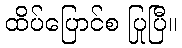
ထိပ်ပြောင်စ ပြုပြီ။